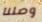
وصلنا